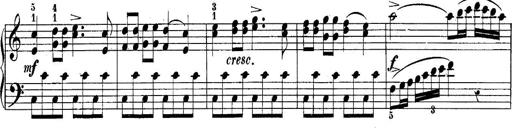
Title: 10 Sonatines progressives
Composer: Anton Schmoll